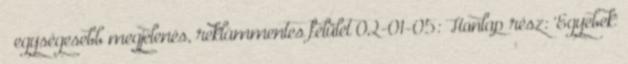
» egységesebb megjelenés, reklámmentes felület 02-01-05: Honlap rész: 'Egyebek'